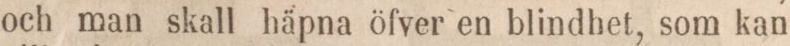
och man skall häpna öfver en blindhet, som kan